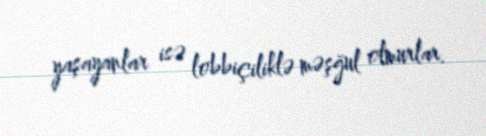
yaşayanlar isə lobbiçiliklə məşğul olmurlar.